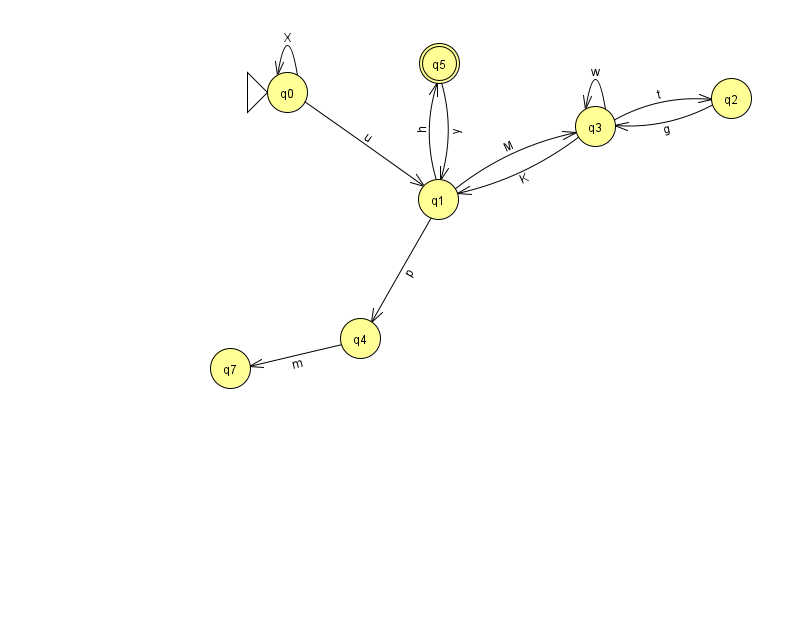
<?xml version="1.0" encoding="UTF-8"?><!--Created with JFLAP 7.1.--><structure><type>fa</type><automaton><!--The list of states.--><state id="0" name="q0"><x>287.0</x><y>79.0</y><initial/></state><state id="1" name="q1"><x>438.0</x><y>186.0</y></state><state id="2" name="q2"><x>731.0</x><y>85.0</y></state><state id="3" name="q3"><x>595.0</x><y>113.0</y></state><state id="4" name="q4"><x>360.0</x><y>325.0</y></state><state id="5" name="q5"><x>439.0</x><y>50.0</y><final/></state><state id="7" name="q7"><x>230.0</x><y>355.0</y></state><!--The list of transitions.--><transition><from>4</from><to>7</to><read>m</read></transition><transition><from>3</from><to>1</to><read>K</read></transition><transition><from>1</from><to>3</to><read>M</read></transition><transition><from>1</from><to>4</to><read>p</read></transition><transition><from>3</from><to>3</to><read>w</read></transition><transition><from>0</from><to>0</to><read>X</read></transition><transition><from>1</from><to>5</to><read>h</read></transition><transition><from>5</from><to>1</to><read>y</read></transition><transition><from>2</from><to>3</to><read>g</read></transition><transition><from>0</from><to>1</to><read>u</read></transition><transition><from>3</from><to>2</to><read>t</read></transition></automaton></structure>